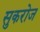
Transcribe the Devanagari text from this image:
सुकरोज